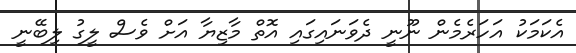
އެކަމަކު އަހަރެމެން ނޫނީ ދެވަނައިގައި އޮތް މާޒިޔާ އަށް ވެސް ލީގު ލިބޭނީ